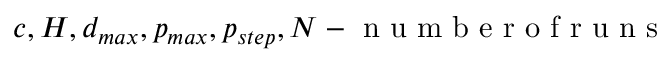
c , H , d _ { m a x } , p _ { m a x } , p _ { s t e p } , N - \mathrm { ~ n ~ u ~ m ~ b ~ e ~ r ~ o ~ f ~ r ~ u ~ n ~ s ~ }